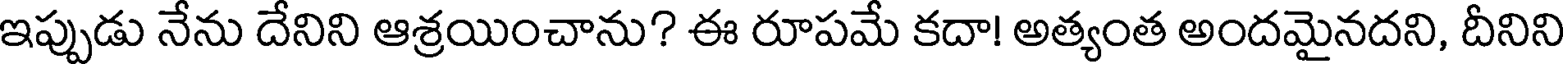
ఇప్పుడు నేను దేనిని ఆశ్రయించాను? ఈ రూపమే కదా! అత్యంత అందమైనదని, దీనిని